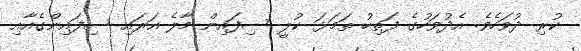
ކުރި ދުވަހެވެ. އެދުވަހުގެ ފަތިހު ތަމަޅަ ކުލީ ސިފައިން މާލެ އަރައި ސިފައިންގެއާއި